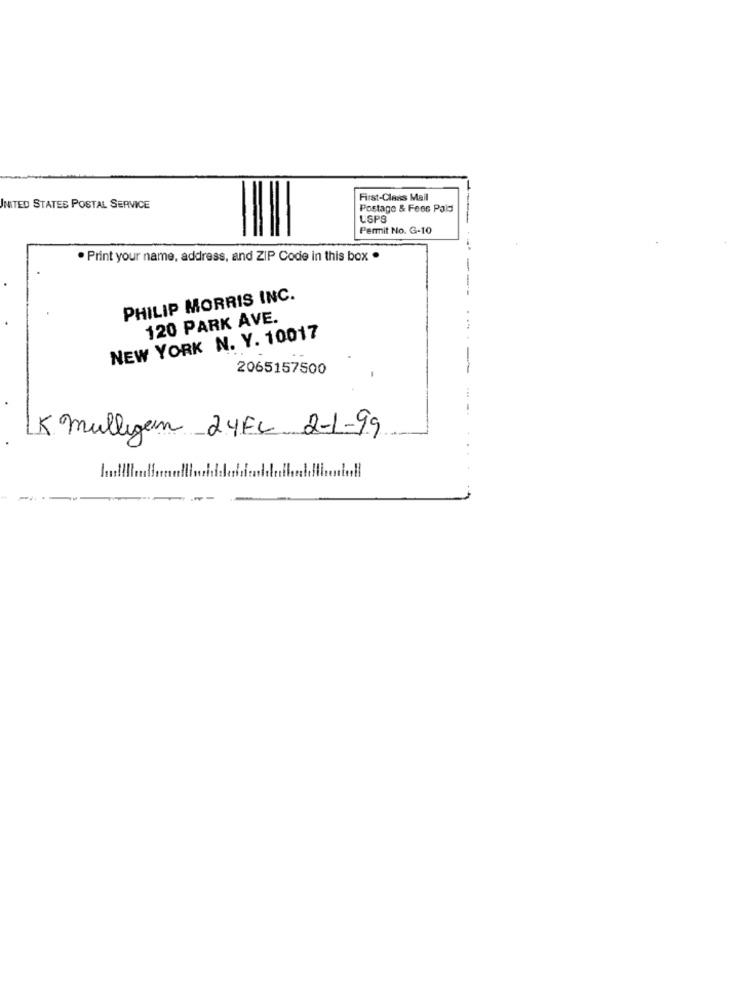
First-Class Mail
UNITED STATES POSTAL SERVICE
Postage & Fees Paid
USPS
Permit No. G-10
Print your name, address, and ZIP Code in this box .
--
PHILIP MORRIS INC.
120 PARK AVE.
NEW YORK N. Y. 10017
2065157500
K mulligen 24FC 2-1-99